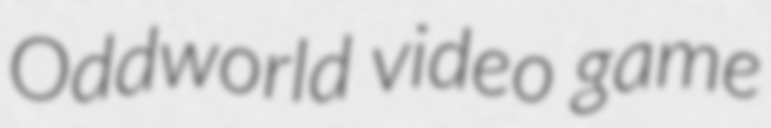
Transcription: Oddworld video game